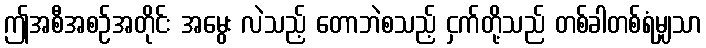
ဤအစီအစဉ်အတိုင်း အမွေး လဲသည့် တောဘဲစသည့် ငှက်တို့သည် တစ်ခါတစ်ရံမျှသာ